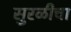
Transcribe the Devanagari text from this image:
सुरळीचा